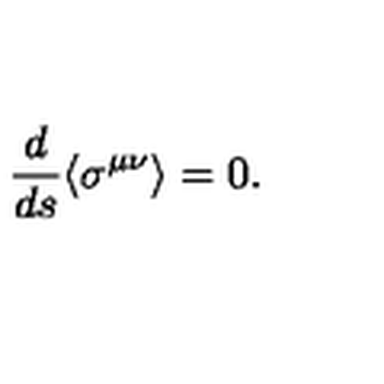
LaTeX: \frac { d } { d s } \langle \sigma ^ { \mu \nu } \rangle = 0 .